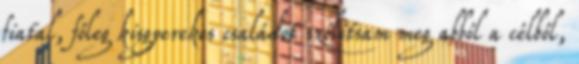
fiatal, főleg kisgyerekes családot szólítsam meg abból a célból,